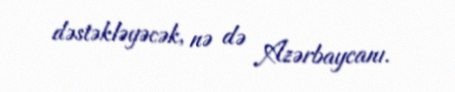
dəstəkləyəcək, nə də Azərbaycanı.